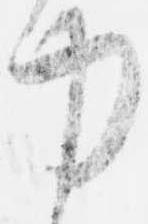
力